Problem: 9 + 45 = ?
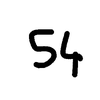
Handwritten answer: 54